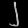
Digit: ၂